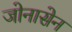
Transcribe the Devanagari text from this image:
जोनासेन